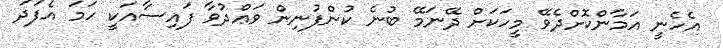
އެހެނީ އަމާންކޮށްދެވޭ މީހަކަށް ދޭނަމޭ ބުނެ ކުންފުނިން ވަޢްދުވާ ފައިސާއަކީ ހަމަ އެފަދަ